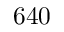
6 4 0